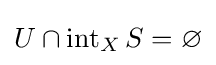
U\cap \operatorname {int} _{X}S=\varnothing